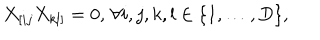
LaTeX: X _ { [ i j } X _ { k l ] } = 0 , \, \forall i , j , k , l \in \{ 1 , \ldots , D \} ,